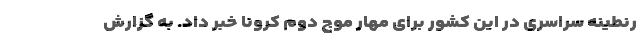
رنطینه سراسری در این کشور برای مهار موج دوم کرونا خبر داد. به گزارش